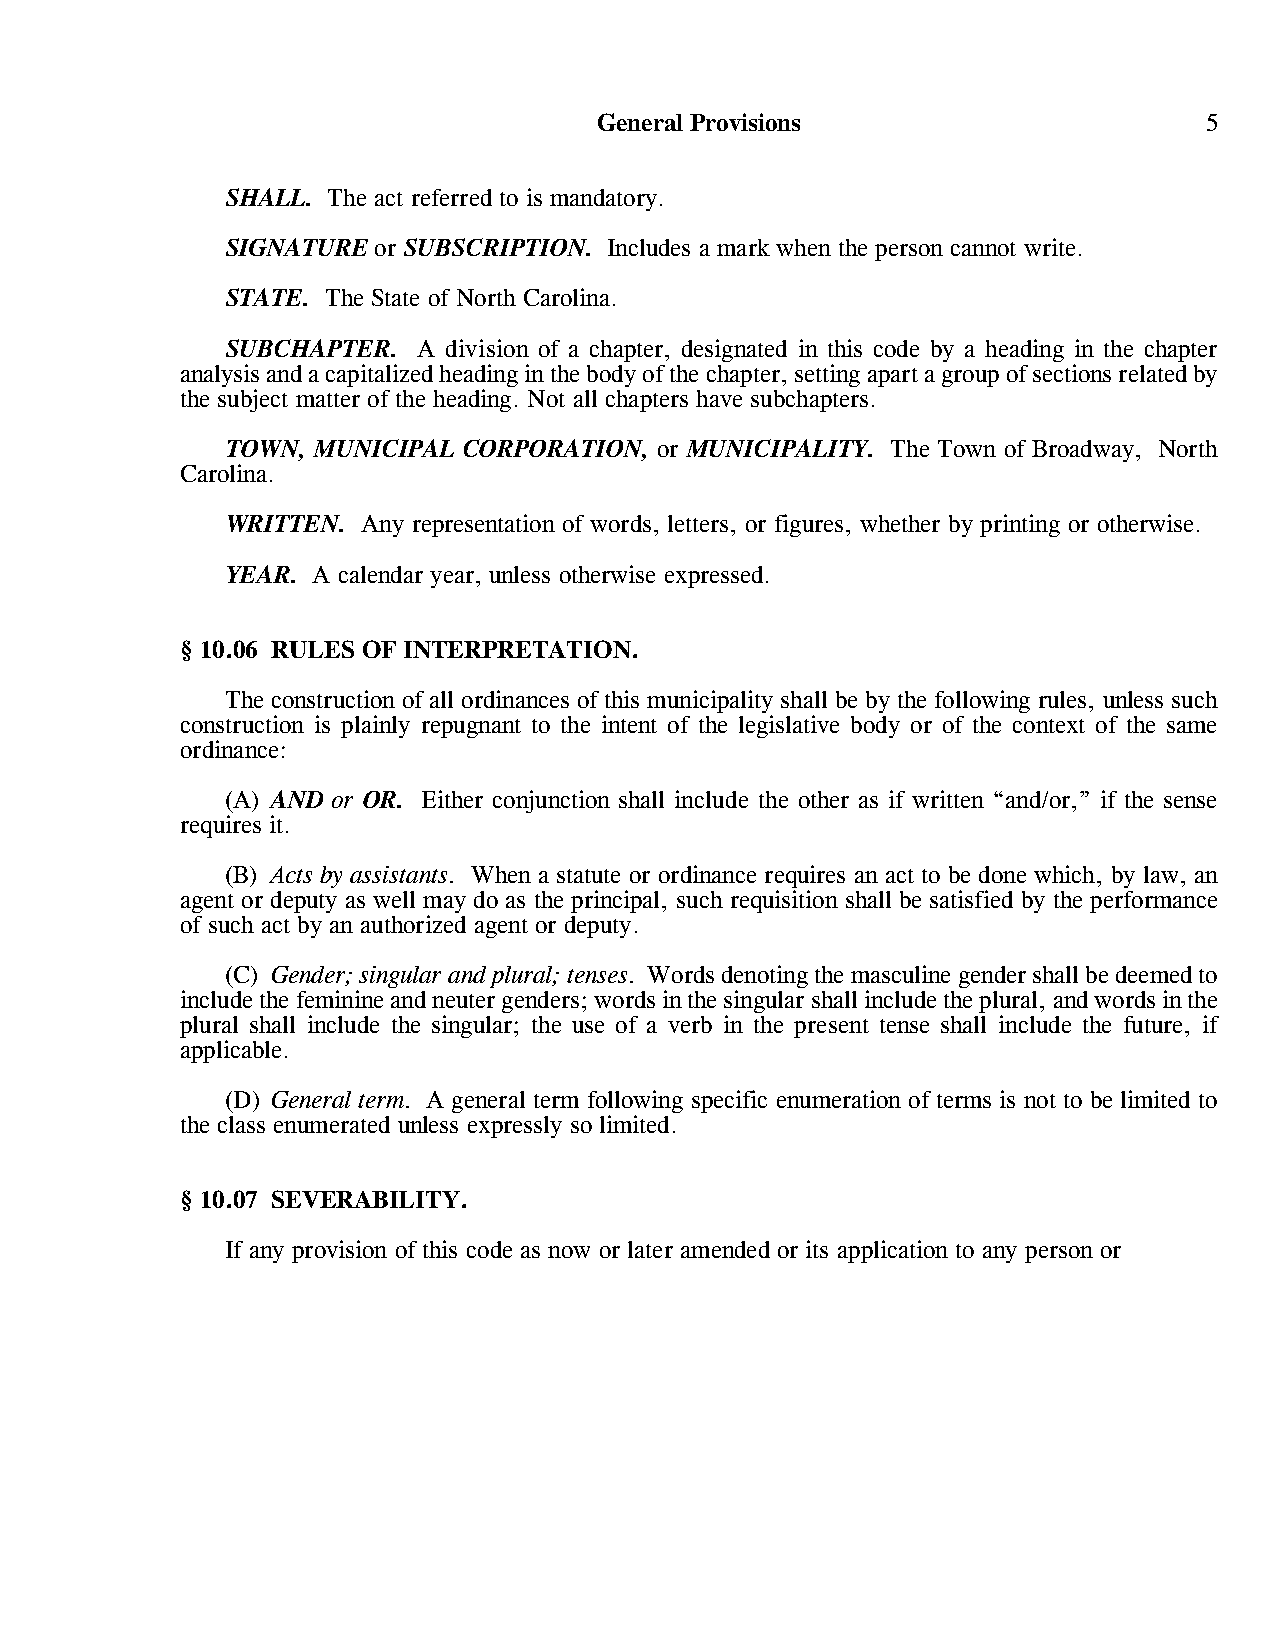
General Provisions                      5
 SHALL. The act referred to is mandatory.
 SIGNATURE or SUBSCRIPTION. Includes a mark when the person cannot write.
 STATE. The State of North Carolina.
 SUBCHAPTER.  A division of a chapter, designated in this code by a heading in the chapter
 analysis and a capitalized heading in the body of the chapter, setting apart a group of sections related by
 the subject matter of the heading. Not all chapters have subchapters.
 TOWN, MUNICIPAL CORPORATION, or MUNICIPALITY. The Town of Broadway, North
 Carolina.
 WRITTEN. Any representation of words, letters, or figures, whether by printing or otherwise.
 YEAR. A calendar year, unless otherwise expressed.
 § 10.06 RULES OF INTERPRETATION.
 The construction of all ordinances of this municipality shall be by the following rules, unless such
 construction is plainly repugnant to the intent of the legislative body or of the context of the same
 ordinance:
 (A) AND or OR. Either conjunction shall include the other as if written “and/or,” if the sense
 requires it.
 (B) Acts by assistants. When a statute or ordinance requires an act to be done which, by law, an
 agent or deputy as well may do as the principal, such requisition shall be satisfied by the performance
 of such act by an authorized agent or deputy.
 (C) Gender; singular and plural; tenses. Words denoting the masculine gender shall be deemed to
 include the feminine and neuter genders; words in the singular shall include the plural, and words in the
 plural shall include the singular; the use of a verb in the present tense shall include the future, if
 applicable.
 (D) General term. A general term following specific enumeration of terms is not to be limited to
 the class enumerated unless expressly so limited.
 § 10.07 SEVERABILITY.
 If any provision of this code as now or later amended or its application to any person or